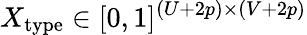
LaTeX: X_{\mathrm{type}}\in[0,1]^{(U+2p)\times(V+2p)}